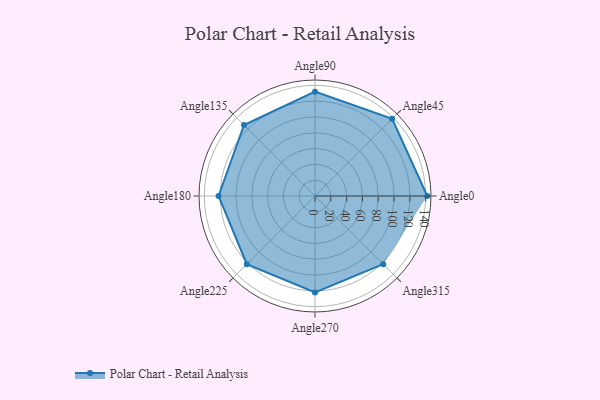
{"axis": {"x": "Angle", "y": "Radius"}, "legend": [""], "data": [{"x": "Angle0", "y": 142.0, "type": ""}, {"x": "Angle45", "y": 138.0, "type": ""}, {"x": "Angle90", "y": 132.0, "type": ""}, {"x": "Angle135", "y": 127.0, "type": ""}, {"x": "Angle180", "y": 122.0, "type": ""}, {"x": "Angle225", "y": 122.0, "type": ""}, {"x": "Angle270", "y": 122.0, "type": ""}, {"x": "Angle315", "y": 122.0, "type": ""}]}